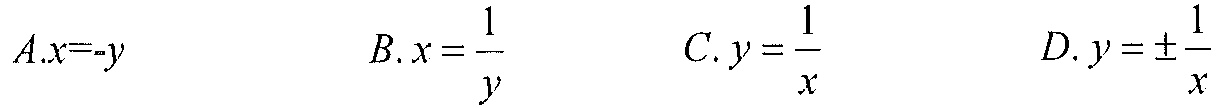
\(A.x = -y\)  \(B.x=\frac{1}{y}\)  \(C.y=\frac{1}{x}\)  \(D.y = \pm\frac{1}{x}\)